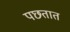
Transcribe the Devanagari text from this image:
पछतात